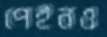
পেইনও